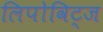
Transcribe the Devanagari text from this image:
लिपोविट्ज